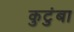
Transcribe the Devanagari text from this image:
कुटुंबा